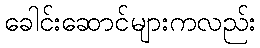
ခေါင်းဆောင်များကလည်း